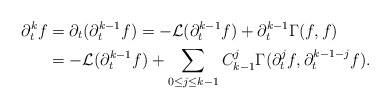
\begin{align*}\partial_t^k f&=\partial_t (\partial_t^{k-1}f)=-\mathcal L(\partial_t^{k-1} f)+\partial_t^{k-1} \Gamma(f, f)\\&=-\mathcal L(\partial_t^{k-1} f)+\sum_{0\le j\le k-1}C^j_{k-1}\Gamma(\partial^j_tf,\partial^{k-1-j}_tf).\end{align*}